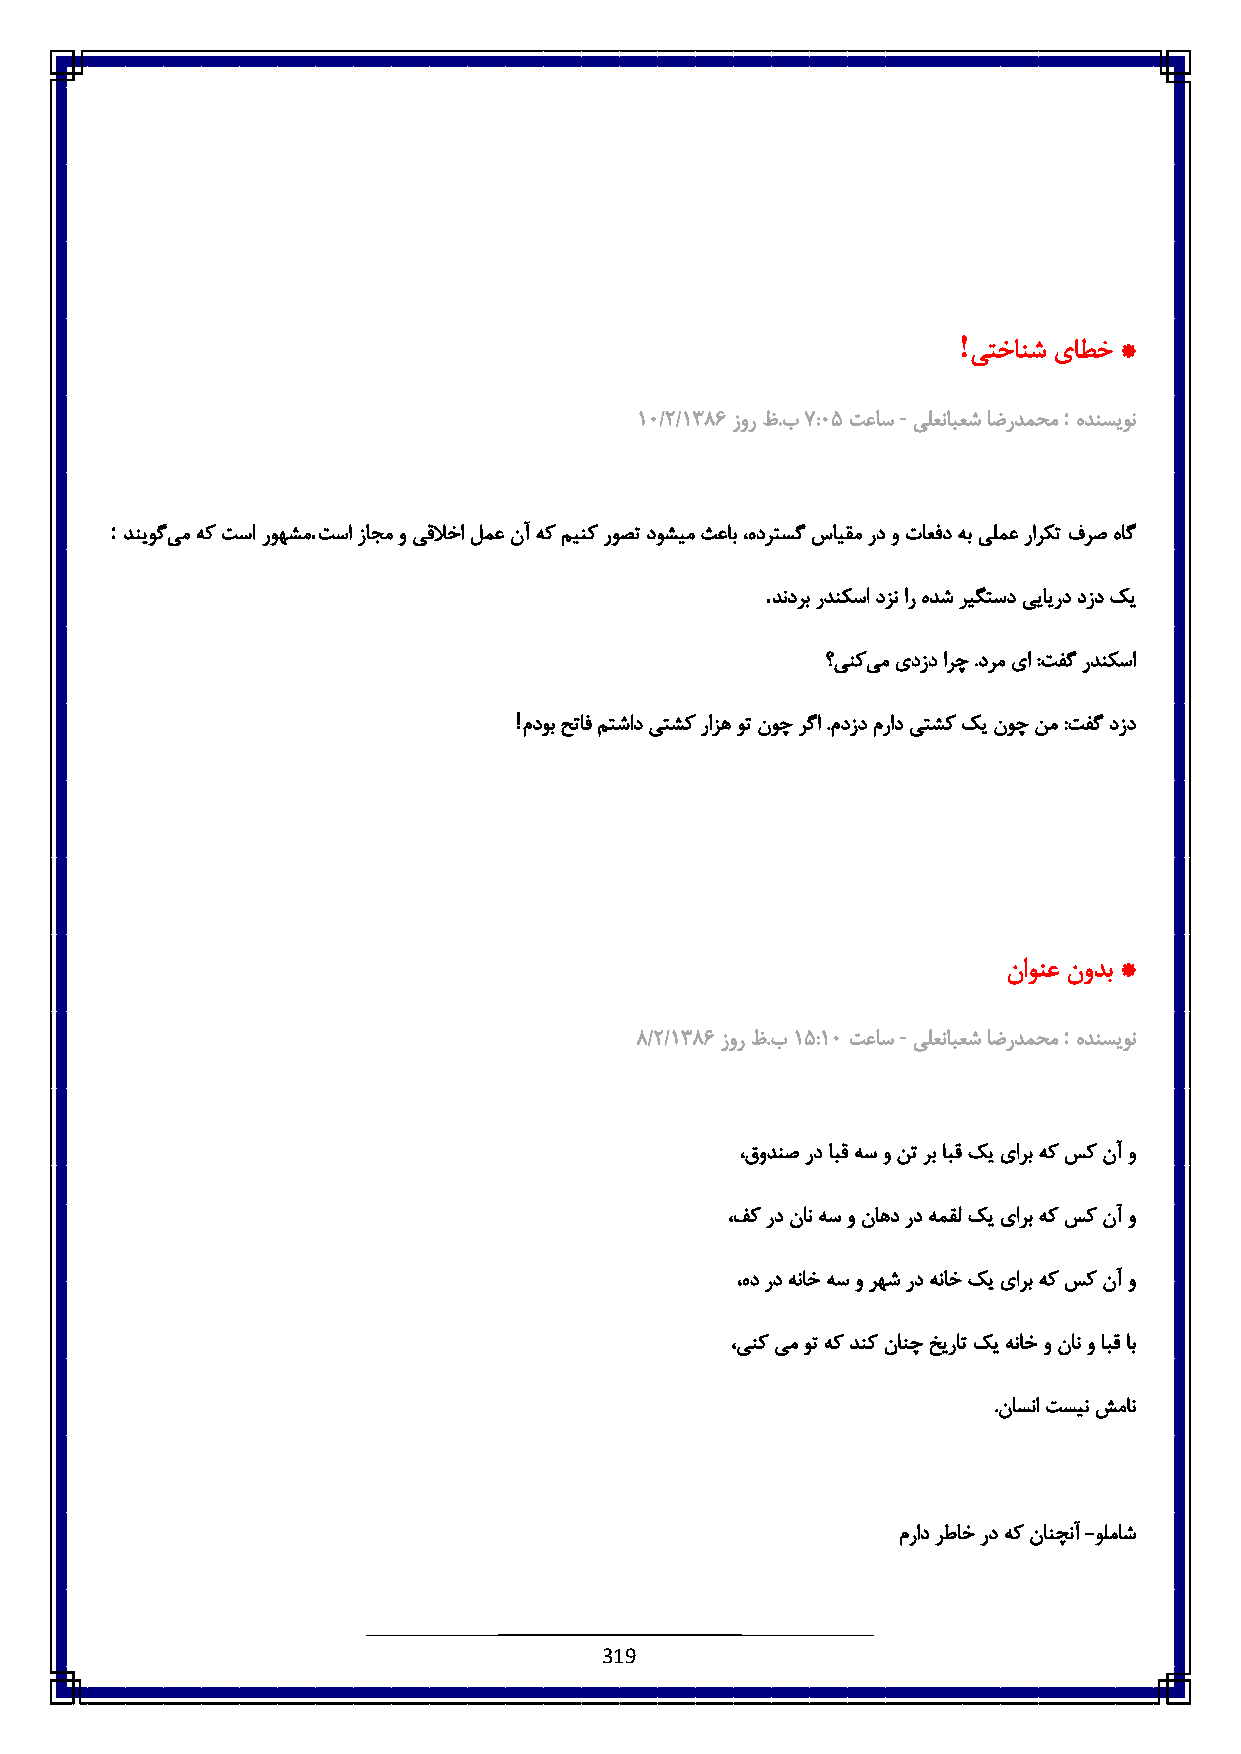
!
 یتخانش یاطخ *
 -          :
 6٥/:/6831 زور ظ.ب٧ :٥٠ تعاس یلعنابعش اضردمحم هدنسیون
 :             .
 دنیوگی م هک تسا روهشم تسا زاجم و یقلاخا لمع نآ هک مینک روصت دوشیم ثعاب ،هدرتسگ سایقم رد و تاعفد هب یلمع رارکت فرص هاگ
 .
 دندرب ردنکسا دزن ار هدش ریگتسد ییایرد دزد کی
 ؟ینکی م یدزد ارچ .درم یا :تفگ ردنکسا
 !
 مدوبحتافمتشاد یتشک رازه وت نوچ رگا .مدزدمراد یتشک کی نوچ نم :تفگ دزد
 ناونع نودب *
 -          :
 3/:/6831 زور ظ.ب6 ٠:6٥ تعاس یلعنابعش اضردمحم هدنسیون
 ،قودنص رد ابق هس و نت رب ابق کی یارب هک سک نآ و
 ،فک رد نان هس و ناهد رد همقل کی یارب هک سک نآ و
 ،هد رد هناخ هس و رهش رد هناخ کی یارب هک سک نآ و
 ،ینک یم وت هک دنک نانچ خیرات کی هناخ و نان و ابق اب
 .ناسنا تسین شمان
 مراد رطاخ رد هک نانچنآ -ولماش
 319